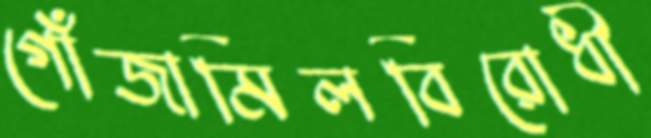
গোঁজামিলবিরোধী